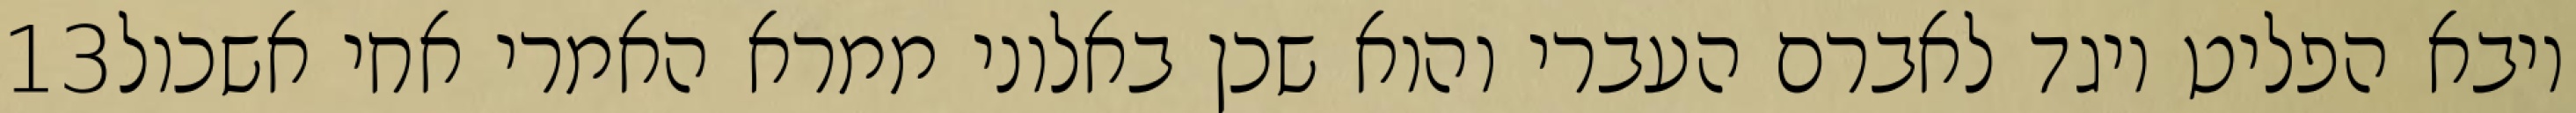
‎13‏ ויבא הפליט ויגד לאברם העברי והוא שכן באלוני ממרא האמרי אחי אשכול